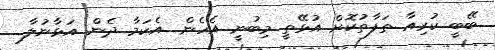
ބޭބީ ކުރިއާ ތަފާތުކޮށް އުޅޭތީ މިބުނީ އެހެން. އެކަމާ ދެން އަޅާނުލާ..